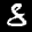
Label: 8